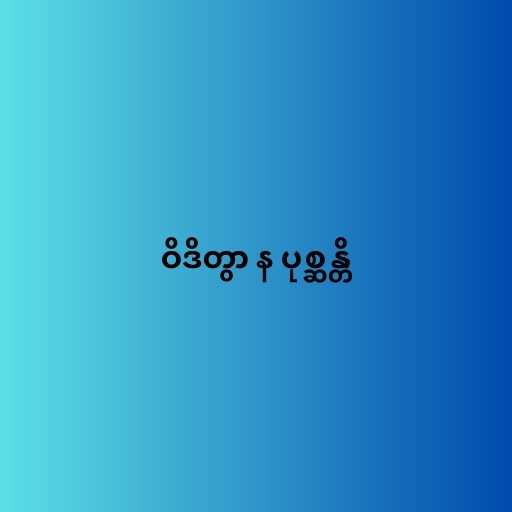
ဝိဒိတွာ န ပုစ္ဆန္တိ